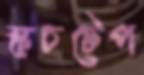
স্কচটেপ